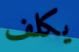
يكلف